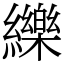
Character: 纅